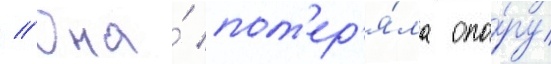
// Она́ пот'ер'я́ла опо́ру